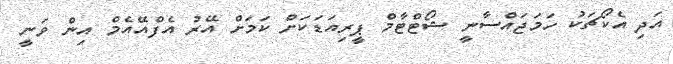
އަދި އެކޯޗަކު ހަމަޖައްސާނީ ޝޯޓްޓާމް ޕީރިއަޑަކަށް ކަމަށް އޭރު އެފްއޭއެމް އިން ވަނީ